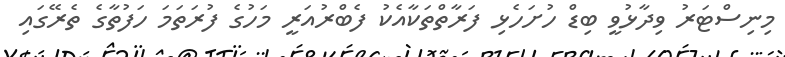
މިނިސްޓަރު ވިދާޅުވީ ބިޑް ހުށަހެޅި ފަރާތްތަކާއެކު ފެބްރުއަރީ މަހުގެ ފުރަތަމަ ހަފުތާގެ ތެރޭގައި